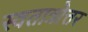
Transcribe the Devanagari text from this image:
स्वतात्रोत्तर